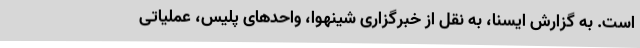
است. به گزارش ایسنا، به نقل از خبرگزاری شینهوا، واحدهای پلیس، عملیاتی